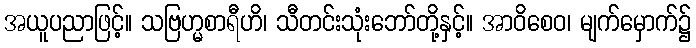
အယူပညာဖြင့်။ သဗြဟ္မစာရီဟိ၊ သီတင်းသုံးဘော်တို့နှင့်။ အာဝိစေဝ၊ မျက်မှောက်၌